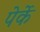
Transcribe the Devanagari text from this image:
पेर्के